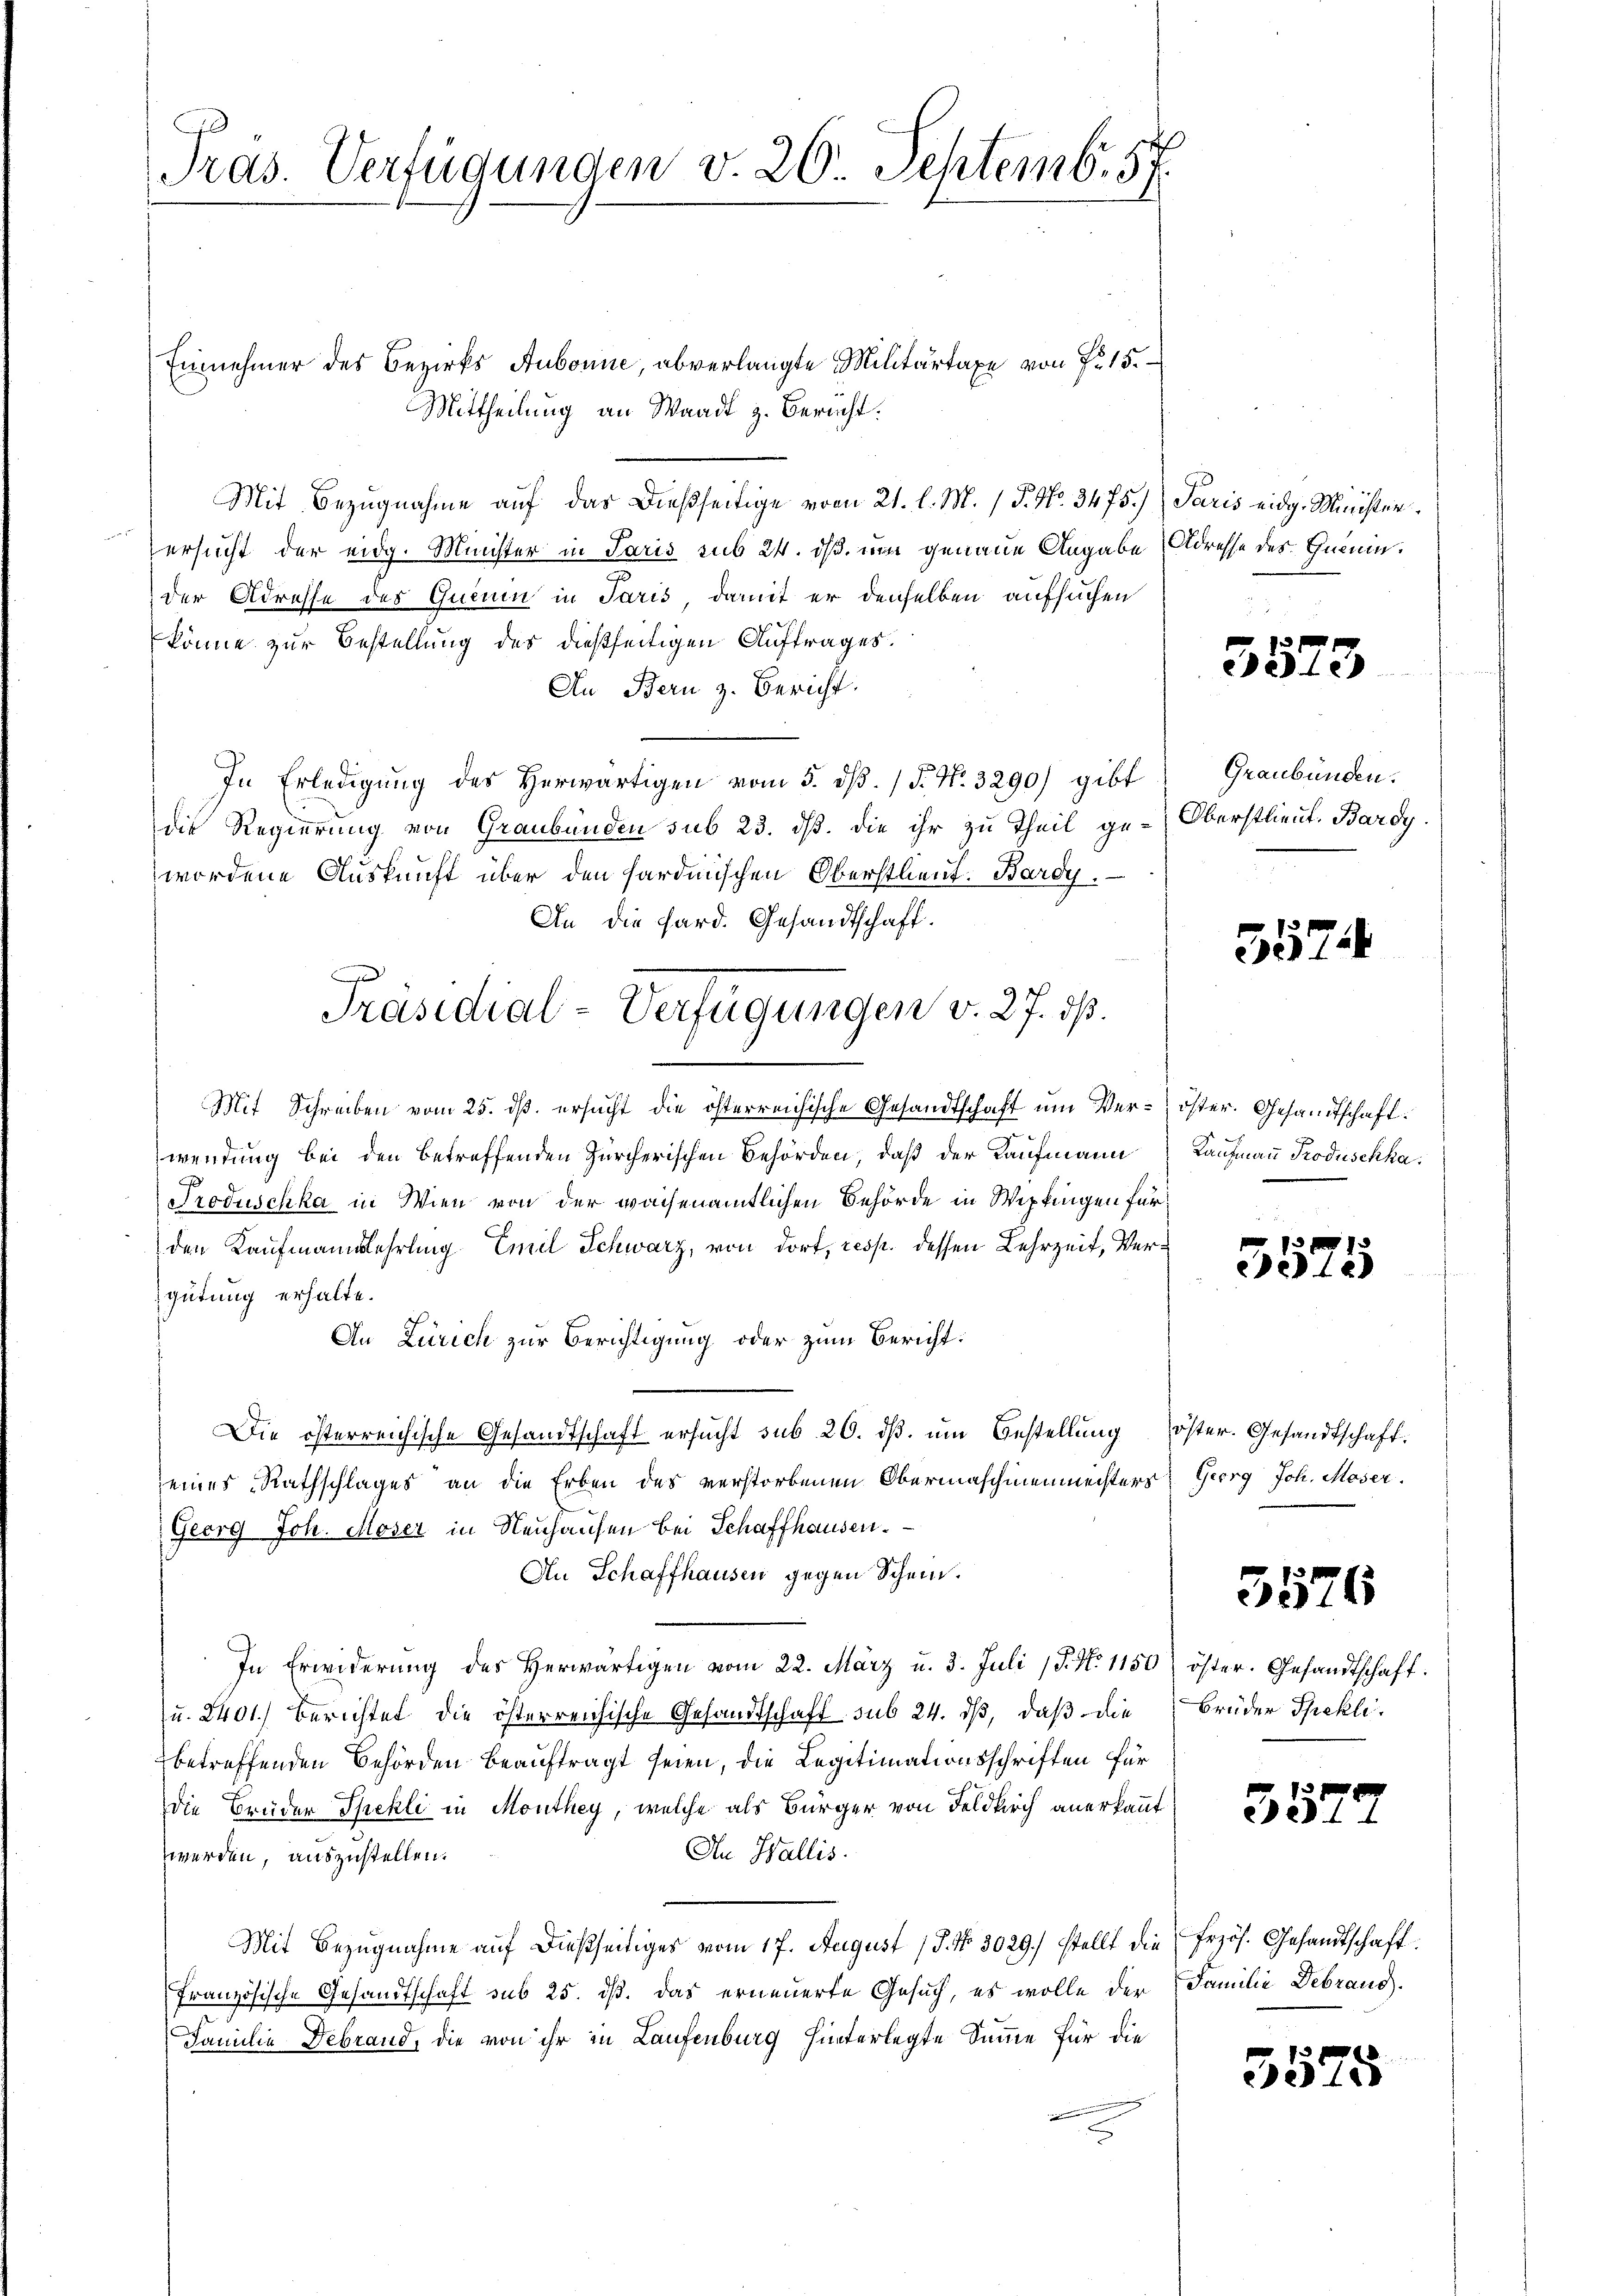
Pras. Verfügungen v. 26 Septemb. 57.

Einnehmer des Bezirks Aubonne, abverlangte Militärtaxe von 7. 15.
Mittheilung an Waadt z. Bericht.
Mit Bezugnahme auf das dießseitige vom 21. l. M. / 5. No. 34. 75.) Paris eidg. Minister
Versucht der eidg. Minister in Paris sub 24. ds um genaue Angabe Adresse des Gemeinder Adresse des Queren in Paris, damit er denselben aufsuchen
könne zur Bestellung des dießseitigen Auftrages.
An Bern z. Bericht.
In Erledigŭng des Herwärtigen vom 5. dβ. P. Nr. 3290) gibt Graubünden.
die Regierung von Graubünden sub 23. dß. die ihr zu Theil ge-Oberstlieut. Bardy
wordene Auskunft über den sardinischen Oberstlieut. Bardy.
An die Sard. Gesandtschaft.
Mit Schreiben vom 25. dß. ersucht die österreichische Gesandtschaft um Ver¬ öster. Gesandtschaftwendung bei den betreffenden Zürcherischen Behörden, daß der Kaufmann Kaufmann Produschka.
Produschka in Wien von der wachenamtlichen Behörde in Wepfingen für
den Kaufmannslehrling Emil Schwarz, von dort, resp. dessen Lehrzeit, Verd
gütung erhalte.
An Zürich zur Berichtigung oder zum Bericht:
Die österreichische Gesandtschaft ersŭcht sub 26. dβ. ŭm Bestellung öster. Gesandtschaft.
seines Rathschlages an die Erben des verstorbenen Obermaschinenmeisters, Georg Joh. Moser.
Georg Joh. Moser in Neuhausen bei Schaffhausen.
An Schaffhausen gegen Schein.
In Erwiderŭng des herwärtigen vom 22. März u. 3. Juli (§. N. 1150) öster. Gesandtschaft.
(u. 2401.) Berichtet die österreichische Gesandtschaft sub 24. ds, daß die Brüder Speklibetreffenden Behörden beauftragt seien, die Legitimationsschriften für
Die Brüder Spekli in Monthey, welche als Bürger von Feldkirch anerkannt
An Wallis.
werden, auszustellen.
Mit Bezugnahme auf dießseitiges vom 17. August 18. No. 3029.) stellt die frzös. Gesandtschaft
Französische Gesandtschaft sub 25. ds. das erneuerte Gesuch, es wolle der Familie Debrand
Familie Debrand, die von ihr in Laufenburg hinterlegte Summe für die

Präsidial-Verfügungen v. 27. ds.

3573

357

1
e12)

3576

357.

5575